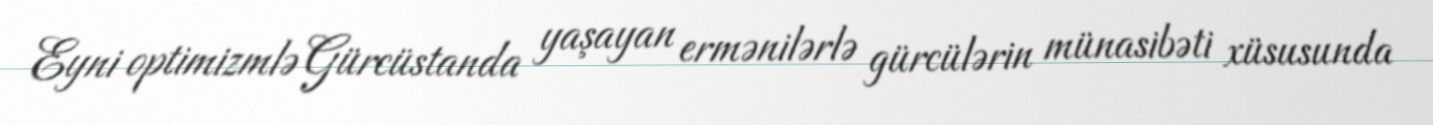
Eyni optimizmlə Gürcüstanda yaşayan ermənilərlə gürcülərin münasibəti xüsusunda